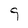
Character: g